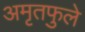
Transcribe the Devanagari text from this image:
अमृतफुले